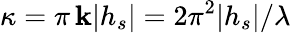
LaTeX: \kappa=\pi\, \mathbf{k}|h_{s}|=2\pi^{2}|h_{s}|/\lambda